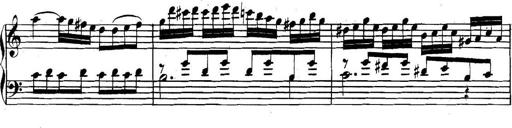
Title: Collected Piano Sonatas
Composer: Muzio Clementi